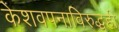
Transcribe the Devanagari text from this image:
केशवपनाविरुद्धही